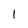
Character: 1